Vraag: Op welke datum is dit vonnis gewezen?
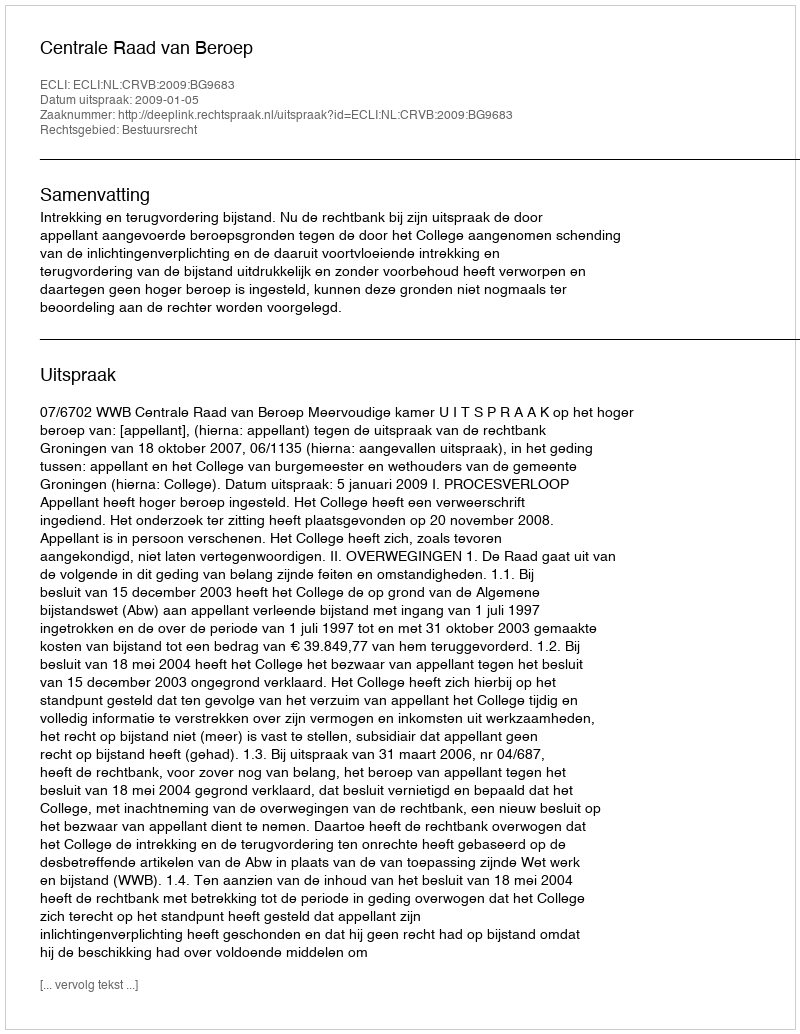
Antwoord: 2009-01-05